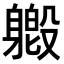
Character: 𫏯